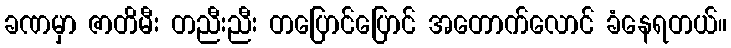
ခဏမှာ ဇာတိမီး တညီးညီး တပြောင်ပြောင် အတောက်လောင် ခံနေရတယ်။